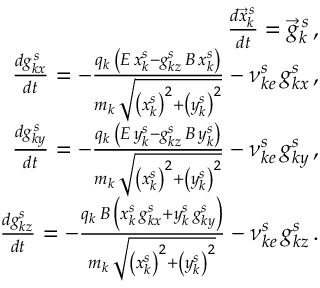
\begin{array} { r l r } & { } & { \frac { d \vec { x } _ { k } ^ { \, s } } { d t } = \vec { g } _ { k } ^ { \, s } \, , } \\ & { } & { \frac { d g _ { k x } ^ { \, s } } { d t } = - \frac { q _ { k } \, \left( E \, x _ { k } ^ { s } - g _ { k z } ^ { s } \, B \, x _ { k } ^ { s } \right) } { m _ { k } \, \sqrt { \left( x _ { k } ^ { s } \right) ^ { 2 } + \left( y _ { k } ^ { s } \right) ^ { 2 } } } - \nu _ { k e } ^ { s } \, g _ { k x } ^ { s } \, , } \\ & { } & { \frac { d g _ { k y } ^ { \, s } } { d t } = - \frac { q _ { k } \, \left( E \, y _ { k } ^ { s } - g _ { k z } ^ { s } \, B \, y _ { k } ^ { s } \right) } { m _ { k } \, \sqrt { \left( x _ { k } ^ { s } \right) ^ { 2 } + \left( y _ { k } ^ { s } \right) ^ { 2 } } } - \nu _ { k e } ^ { s } \, g _ { k y } ^ { s } \, , } \\ & { } & { \frac { d g _ { k z } ^ { s } } { d t } = - \frac { q _ { k } \, B \, \left( x _ { k } ^ { s } \, g _ { k x } ^ { s } + y _ { k } ^ { s } \, g _ { k y } ^ { s } \right) } { m _ { k } \, \sqrt { \left( x _ { k } ^ { s } \right) ^ { 2 } + \left( y _ { k } ^ { s } \right) ^ { 2 } } } - \nu _ { k e } ^ { s } \, g _ { k z } ^ { s } \, . } \end{array}